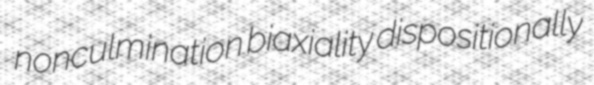
nonculmination biaxiality dispositionally